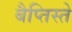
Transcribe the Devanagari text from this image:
बैप्तिस्ते